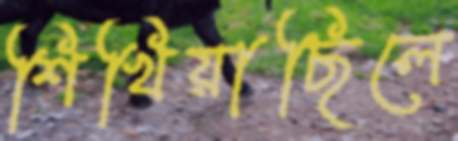
শিখিয়াছিলে